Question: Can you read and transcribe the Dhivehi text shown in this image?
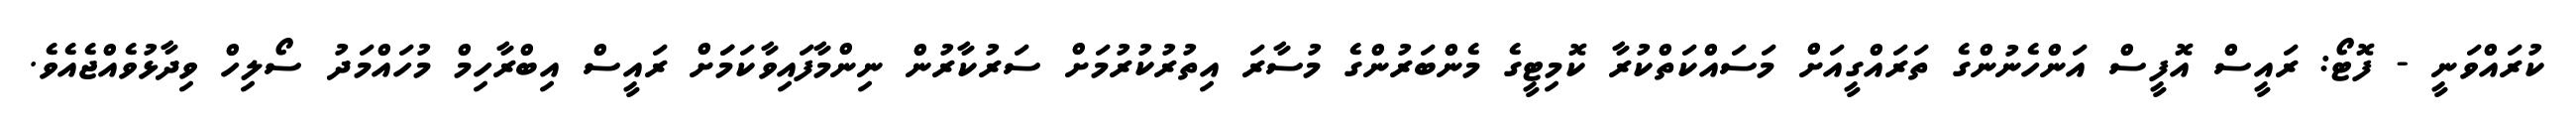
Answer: ކުރައްވަނީ - ފޮޓޯ: ރައީސް އޮފީސް އަންހެނުންގެ ތަރައްގީއަށް މަސައްކަތްކުރާ ކޮމިޓީގެ މެންބަރުންގެ މުސާރަ އިތުރުކުރުމަށް ސަރުކާރުން ނިންމާފައިވާކަމަަށް ރައީސް އިބްރާހިމް މުހައްމަދު ސޯލިހް ވިދާޅުވެއްޖެއެވެ.